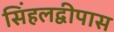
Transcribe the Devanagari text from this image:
सिंहलद्वीपास